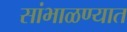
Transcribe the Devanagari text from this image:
सांभाळण्यात